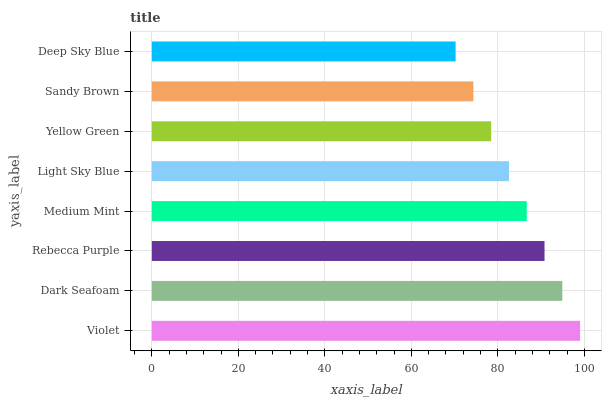
| yaxis_label | bars |
 | --- | --- |
 | Violet | 99 |
 | Dark Seafoam | 94.9 |
 | Rebecca Purple | 90.8 |
 | Medium Mint | 86.7 |
 | Light Sky Blue | 82.6 |
 | Yellow Green | 78.4 |
 | Sandy Brown | 74.3 |
 | Deep Sky Blue | 70.2 |